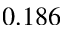
0 . 1 8 6